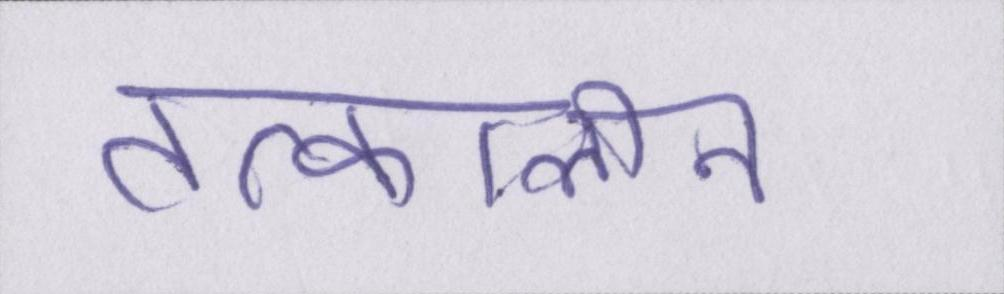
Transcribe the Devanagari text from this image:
तत्कालीन